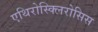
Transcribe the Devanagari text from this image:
एथिरोस्क्लिरोसिस